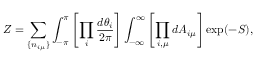
Z = \sum _ { \{ n _ { i \mu } \} } \int _ { - \pi } ^ { \pi } \left[ \prod _ { i } \frac { d \theta _ { i } } { 2 \pi } \right] \int _ { - \infty } ^ { \infty } \left[ \prod _ { i , \mu } d A _ { i \mu } \right] \exp ( - S ) ,